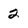
Character: 2